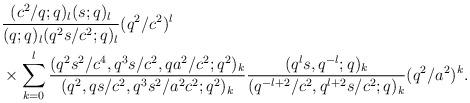
LaTeX: \begin{align*}&{(c^2/q;q)_l ( s;q)_l \over (q;q)_l (q^2 s/c^2;q)_l }(q^2/c^2)^l\\&\times \sum_{k=0}^l{(q^2s^2/c^4,q^3s/c^2,qa^2/c^2;q^2)_k\over (q^2,qs/c^2,q^3s^2/a^2c^2;q^2)_k}{(q^ls,q^{-l};q)_k\over (q^{-l+2}/c^2,q^{l+2}s/c^2;q)_k}(q^2/a^2)^k. \end{align*}